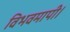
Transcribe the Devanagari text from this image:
विभवमापी।